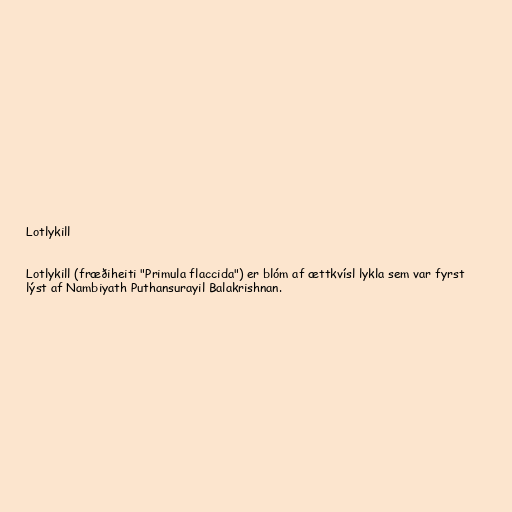
Lotlykill

Lotlykill (fræðiheiti "Primula flaccida") er blóm af ættkvísl lykla sem var fyrst
lýst af Nambiyath Puthansurayil Balakrishnan.